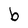
Character: b